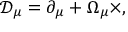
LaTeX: { \mathcal { D } } _ { \mu } = \partial _ { \mu } + \Omega _ { \mu } \times ,